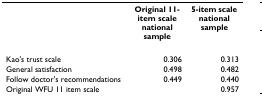
|  | Original 11-item scale national sample | 5-item scale national sample |
 | --- | --- | --- |
 | Kao's trust scale | 0.306 | 0.313 |
 | General satisfaction | 0.498 | 0.482 |
 | Follow doctor's recommendations | 0.449 | 0.440 |
 | Original WFU 11 item scale |  | 0.957 |